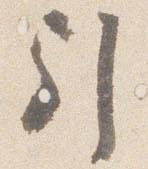
引